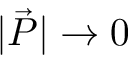
| \vec { P } | \to 0